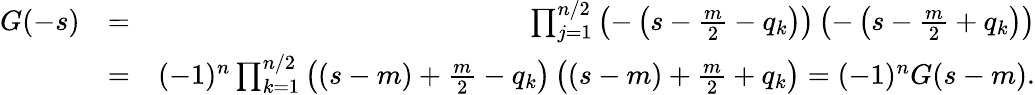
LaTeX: \begin{array}{rlr}{G(-s)}&{=}&{\prod_{j=1}^{n/2}\left(-\left(s-{\frac{m}{2}}-q_{k}\right)\right)\left(-\left(s-{\frac{m}{2}}+q_{k}\right)\right)}\\ &{=}&{(-1)^{n}\prod_{k=1}^{n/2}\left((s-m)+{\frac{m}{2}}-q_{k}\right)\left((s-m)+{\frac{m}{2}}+q_{k}\right)=(-1)^{n}G(s-m).}\end{array}